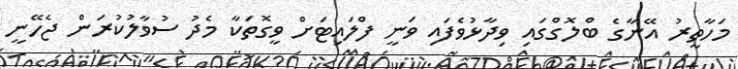
މަހާތީރު އޭނާގެ ބްލޮގްގައި ވިދާޅުވެފައި ވަނީ ފްލައިޓަށް ވީގޮތަކާ މެދު ސުވާލުކުރަން ޖެހޭނީ